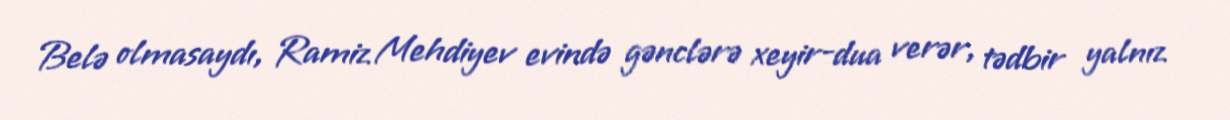
Belə olmasaydı, Ramiz Mehdiyev evində gənclərə xeyir-dua verər, tədbir yalnız